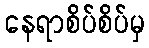
နေရာစိပ်စိပ်မှ